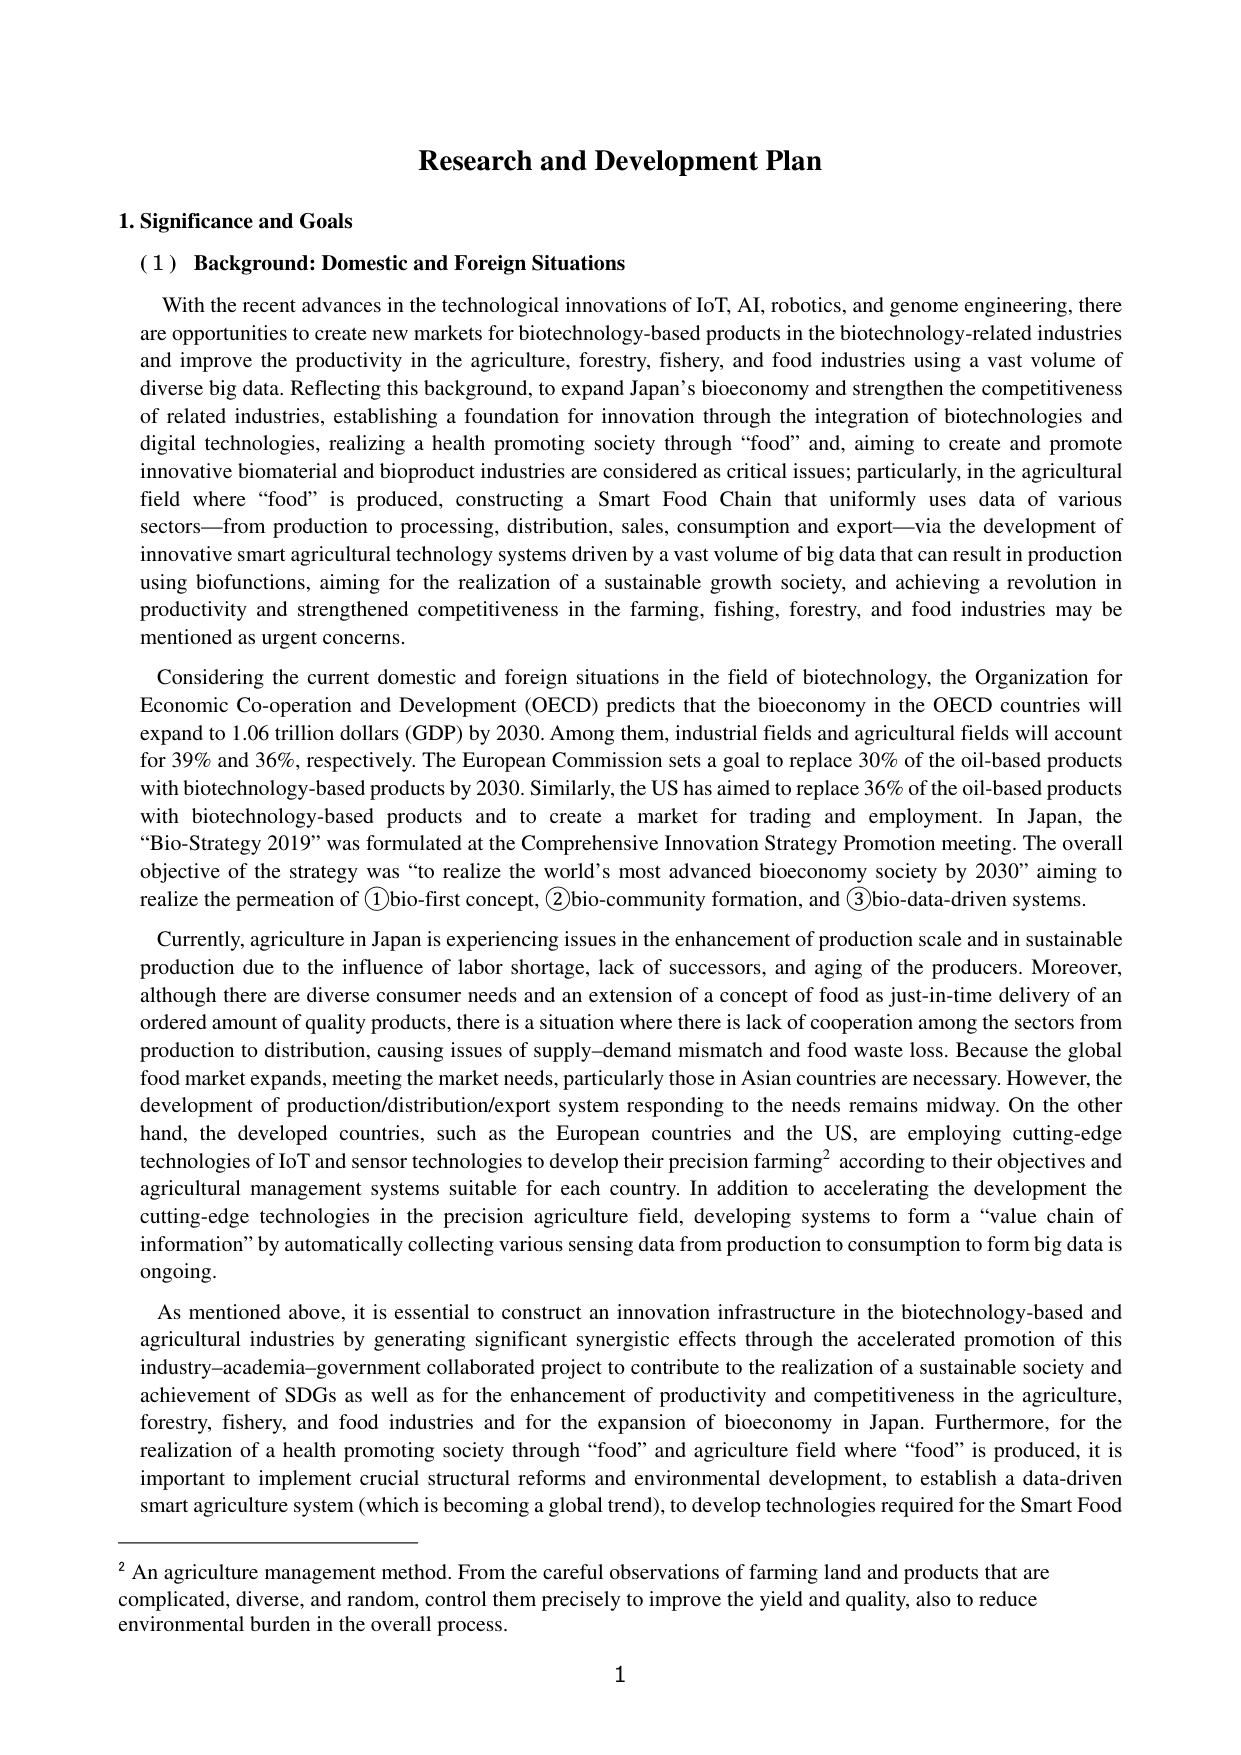
Research and Development Plan

1. Significance and Goals

(1) Background: Domestic and Foreign Situations

With the recent advances in the technological innovations of IoT, AI, robotics, and genome engineering, there are opportunities to create new markets for biotechnology-based products in the biotechnology-related industries and improve the productivity in the agriculture, forestry, fishery, and food industries using a vast volume of diverse big data. Reflecting this background, to expand Japan’s bioeconomy and strengthen the competitiveness of related industries, establishing a foundation for innovation through the integration of biotechnologies and digital technologies, realizing a health promoting society through “food” and, aiming to create and promote innovative biomaterial and bioproduct industries are considered as critical issues; particularly, in the agricultural field where “food” is produced, constructing a Smart Food Chain that uniformly uses data of various sectors—from production to processing, distribution, sales, consumption and export—via the development of innovative smart agricultural technology systems driven by a vast volume of big data that can result in production using biofunctions, aiming for the realization of a sustainable growth society, and achieving a revolution in productivity and strengthened competitiveness in the farming, fishing, forestry, and food industries may be mentioned as urgent concerns.

Considering the current domestic and foreign situations in the field of biotechnology, the Organization for Economic Co-operation and Development (OECD) predicts that the bioeconomy in the OECD countries will expand to 1.06 trillion dollars (GDP) by 2030. Among them, industrial fields and agricultural fields will account for 39% and 36%, respectively. The European Commission sets a goal to replace 30% of the oil-based products with biotechnology-based products by 2030. Similarly, the US has aimed to replace 36% of the oil-based products with biotechnology-based products and to create a market for trading and employment. In Japan, the “Bio-Strategy 2019” was formulated at the Comprehensive Innovation Strategy Promotion meeting. The overall objective of the strategy was “to realize the world’s most advanced bioeconomy society by 2030” aiming to realize the permeation of ①bio-first concept, ②bio-community formation, and ③bio-data-driven systems.

Currently, agriculture in Japan is experiencing issues in the enhancement of production scale and in sustainable production due to the influence of labor shortage, lack of successors, and aging of the producers. Moreover, although there are diverse consumer needs and an extension of a concept of food as just-in-time delivery of an ordered amount of quality products, there is a situation where there is lack of cooperation among the sectors from production to distribution, causing issues of supply-demand mismatch and food waste loss. Because the global food market expands, meeting the market needs, particularly those in Asian countries are necessary. However, the development of production/distribution/export system responding to the needs remains midway. On the other hand, the developed countries, such as the European countries and the US, are employing cutting-edge technologies of IoT and sensor technologies to develop their precision farming² according to their objectives and agricultural management systems suitable for each country. In addition to accelerating the development the cutting-edge technologies in the precision agriculture field, developing systems to form a “value chain of information” by automatically collecting various sensing data from production to consumption to form big data is ongoing.

As mentioned above, it is essential to construct an innovation infrastructure in the biotechnology-based and agricultural industries by generating significant synergistic effects through the accelerated promotion of this industry–academia–government collaborated project to contribute to the realization of a sustainable society and achievement of SDGs as well as for the enhancement of productivity and competitiveness in the agriculture, forestry, fishery, and food industries and for the expansion of bioeconomy in Japan. Furthermore, for the realization of a health promoting society through “food” and agriculture field where “food” is produced, it is important to implement crucial structural reforms and environmental development, to establish a data-driven smart agriculture system (which is becoming a global trend), to develop technologies required for the Smart Food

² An agriculture management method. From the careful observations of farming land and products that are complicated, diverse, and random, control them precisely to improve the yield and quality, also to reduce environmental burden in the overall process.

1